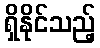
ရှိနိုင်သည့်